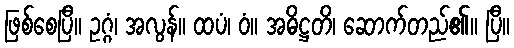
ဖြစ်စေပြီ။ ဥဂ္ဂံ၊ အလွန်။ ထပံ၊ ဝံ။ အဓိဋ္ဌတိ၊ ဆောက်တည်၏။ ပြီ။